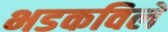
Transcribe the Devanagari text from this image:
भडकविले